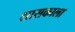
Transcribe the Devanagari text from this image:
शासकाला